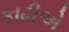
કાઢીએ